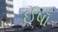
ઈષૉ